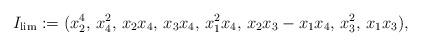
LaTeX: \begin{align*} I_{\lim} := (x_{2}^{4},\,x_{4}^{2 },\,x_{2}x_{4},\,x_{3}x_{4},\,x_{1}^{2}x_{4 },\,x_{2}x_{3}-x_{1}x_{4},\,x_{3}^{2},\,x_{1 }x_{3}),\end{align*}